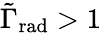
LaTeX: \tilde{\Gamma}_{\mathrm{rad}}>1